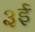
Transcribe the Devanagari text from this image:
३ई